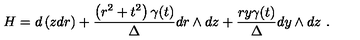
H = d \left( z d r \right) + \frac { \left( r ^ { 2 } + t ^ { 2 } \right) \gamma ( t ) } { \Delta } d r \wedge d z + \frac { r y \gamma ( t ) } { \Delta } d y \wedge d z \ .